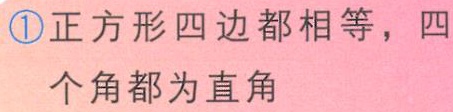
\textcircled{1}正方形四边都相等，四个角都为直角